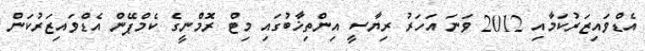
އެޑްވައިޒަރުކަމާއި 2012 ވަނަ އަހަރު ރިޔާސީ އިންތިޚާބުގައި މިޓް ރޮމްނީގެ ކެމްޕޭން އެޑްވައިޒަރުކަން